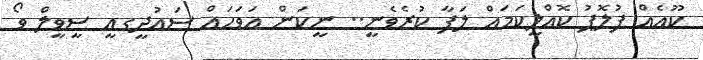
ކޫއެއް ފުލޮޕު ކޮއްލީކަމައް ލަފާ ކުރެވެނީ.. ނީކަން އަވަހައް ސައުދީގއީ ސީވީލް ވޯ